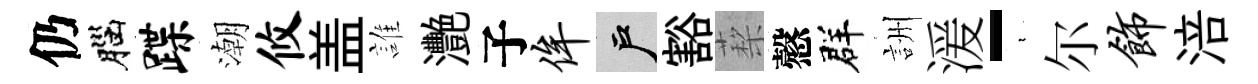
仍腦蹀潮攸盖誰灧子侔户豁蔾慤群詶湲-裊尔饰涪